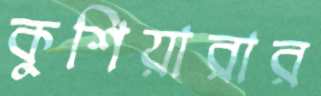
কুশিয়ারার